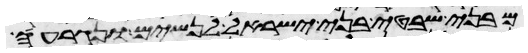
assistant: מבני שבטי בני ישראל לנשים ונגרעה